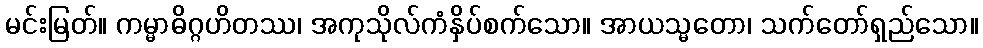
မင်းမြတ်။ ကမ္မာဓိဂ္ဂဟိတဿ၊ အကုသိုလ်ကံနှိပ်စက်သော။ အာယသ္မတော၊ သက်တော်ရှည်သော။